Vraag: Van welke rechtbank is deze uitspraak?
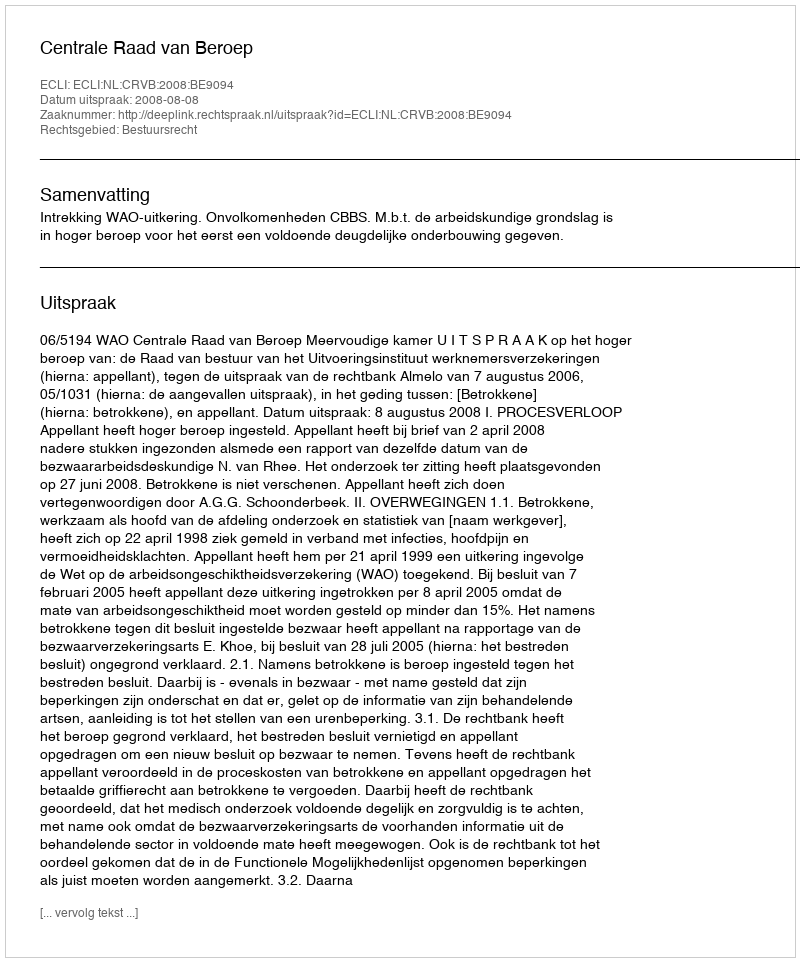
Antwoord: Centrale Raad van Beroep